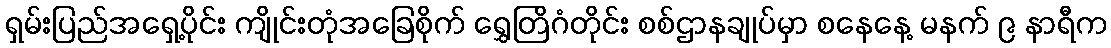
ရှမ်းပြည်အရှေ့ပိုင်း ကျိုင်းတုံအခြေစိုက် ရွှေတြိဂံတိုင်း စစ်ဌာနချုပ်မှာ စနေနေ့ မနက် ၉ နာရီက